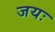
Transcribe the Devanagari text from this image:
जयः